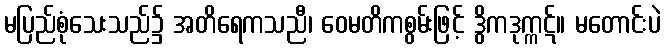
မပြည်စုံသေးသည်၌ အတိရေကသညီ၊ ဝေမတိကစွမ်းဖြင့် ဒွိကဒုက္ကဋ်။ မတောင်းပဲ